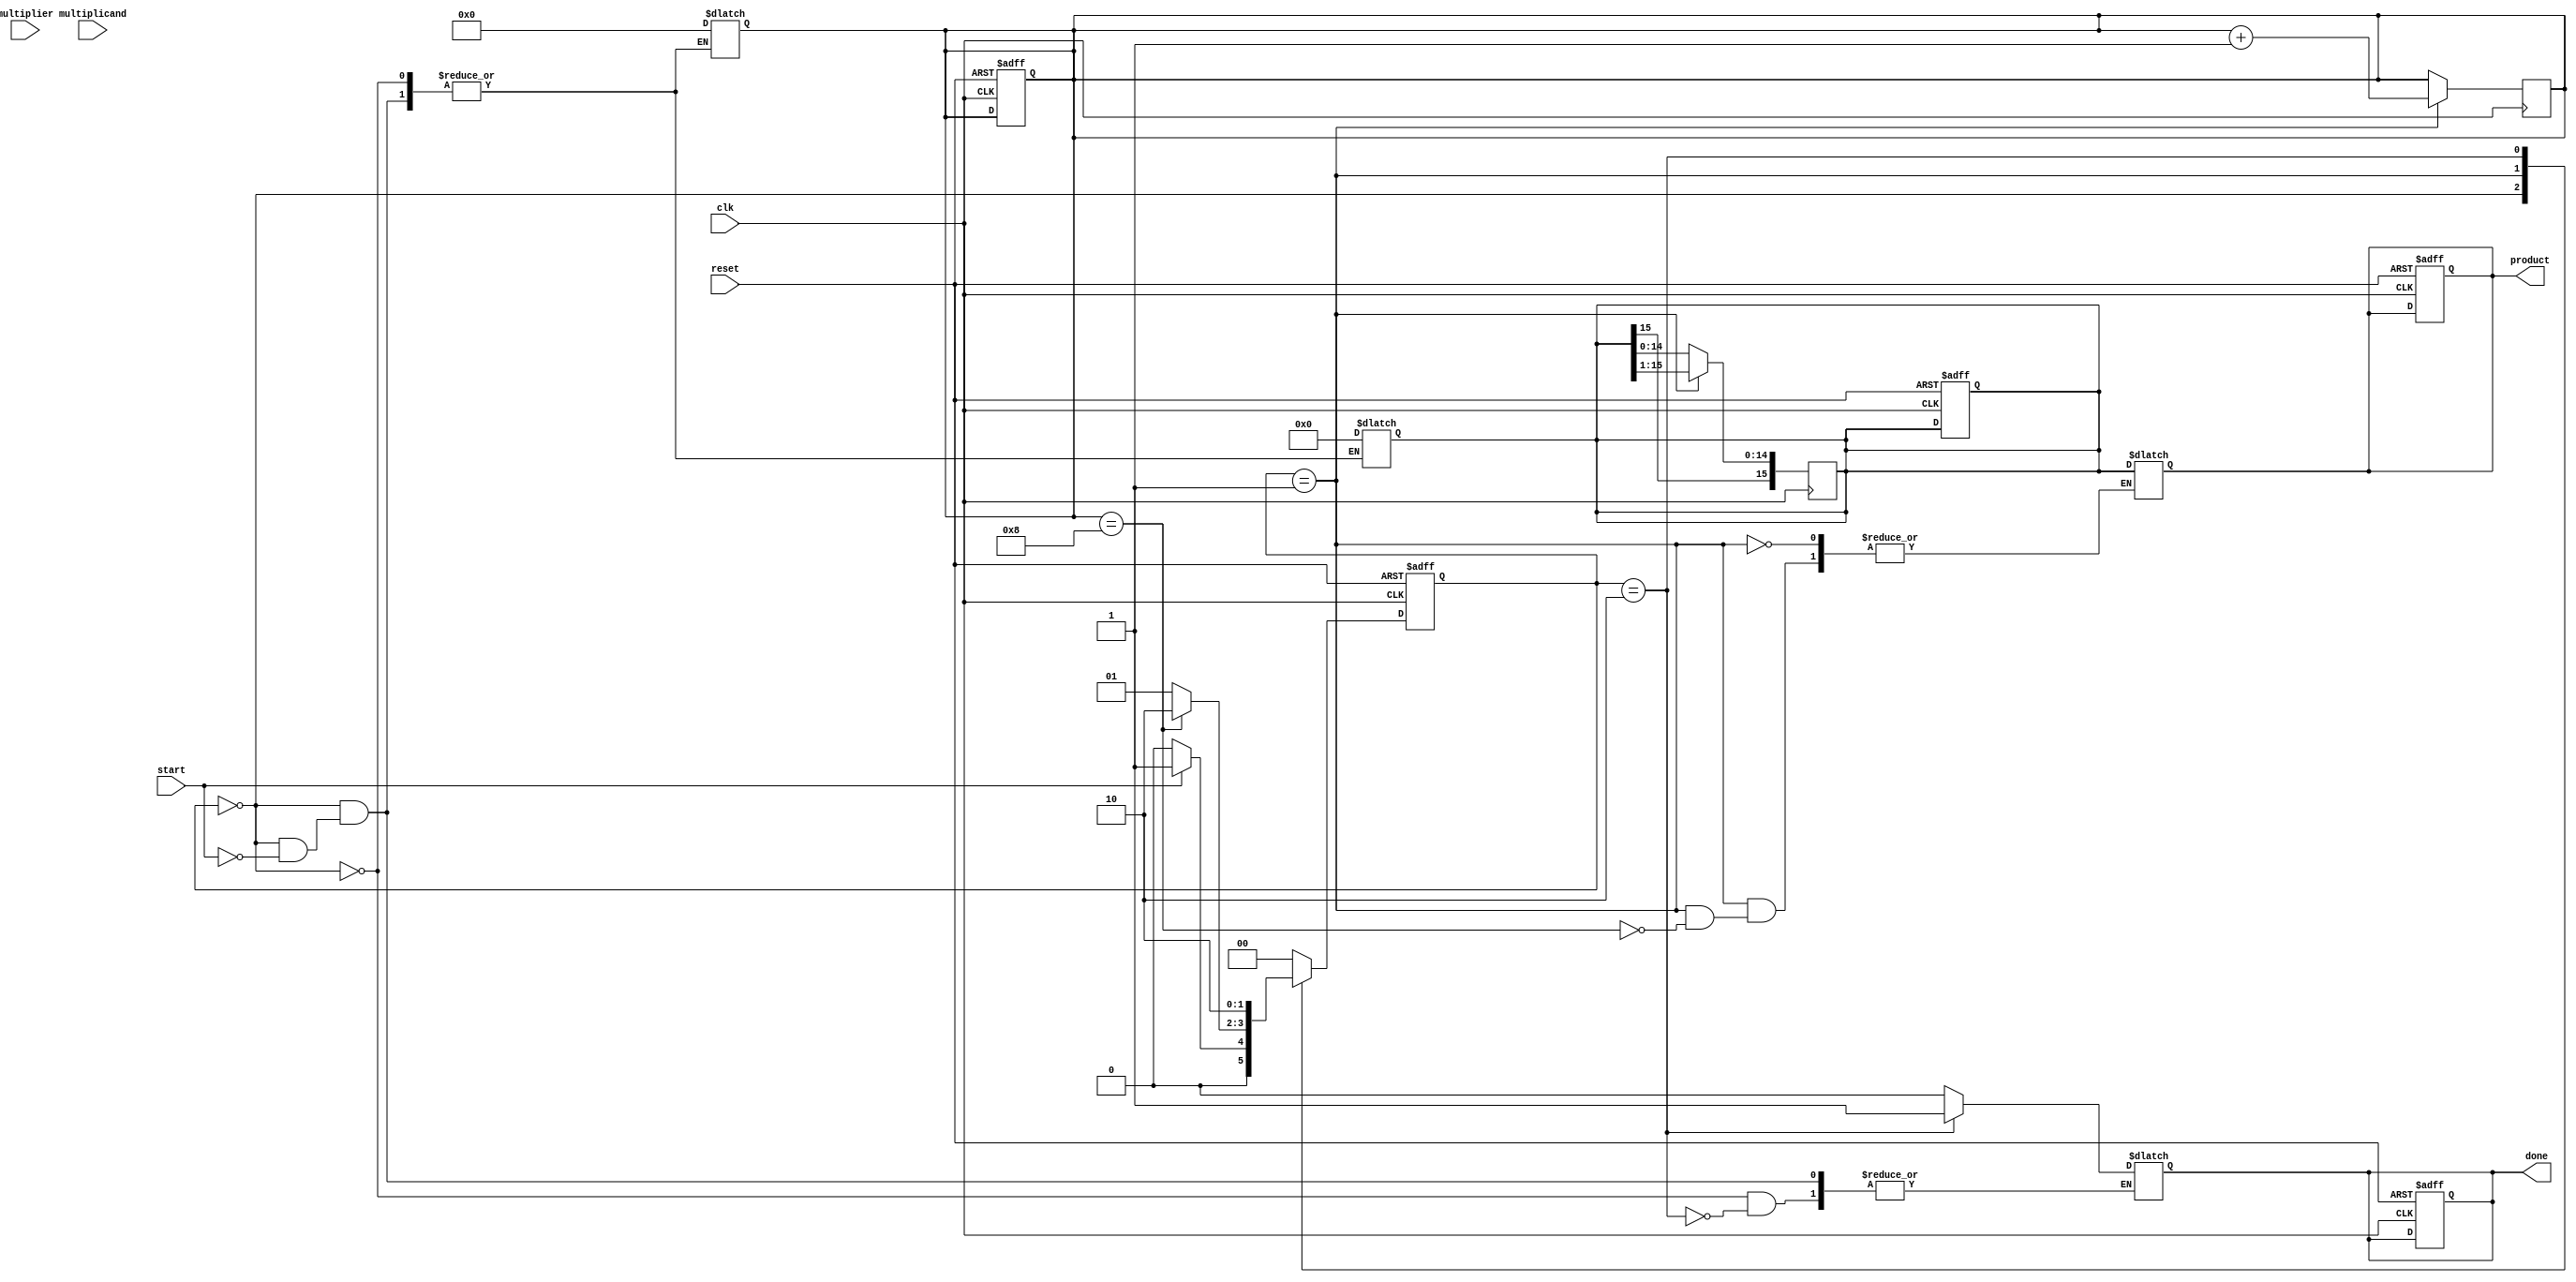
module booth_multiplier (
    input wire clk,
    input wire reset,
    input wire start,
    input wire [7:0] multiplicand, // 8-bit signed multiplicand
    input wire [7:0] multiplier,    // 8-bit signed multiplier
    output reg [15:0] product,      // 16-bit signed product
    output reg done                 // Indicates completion of multiplication
);

    reg [7:0] A;          // Multiplicand register
    reg [7:0] Q;          // Multiplier register
    reg Q_1;              // Previous bit of multiplier
    reg [15:0] M;         // Accumulator (16 bits to hold intermediate sums)
    reg [3:0] count;      // Bit counter

    // State machine states
    parameter IDLE = 2'b00, RUN = 2'b01, DONE = 2'b10;
    reg [1:0] state, next_state;

    // Initialize registers and control signals
    always @(posedge clk or posedge reset) begin
        if (reset) begin
            A <= 8'b0;
            Q <= 8'b0;
            Q_1 <= 1'b0;
            M <= 16'b0;
            product <= 16'b0;
            count <= 4'b0;
            done <= 1'b0;
            state <= IDLE;
        end else begin
            state <= next_state;
        end
    end

    // Control logic for Booth's algorithm
    always @(posedge clk) begin
        if (state == RUN) begin
            case ({Q[0], Q_1})
                2'b01: M <= M + {8'b0, A}; // Add A to M
                2'b10: M <= M - {8'b0, A}; // Subtract A from M
                default: M <= M;           // No operation
            endcase

            // Right shift operation
            {M, Q, Q_1} <= {M[15], M[15:1], Q[7:1], Q[0], Q_1}; // Shift right
            Q_1 <= Q[0]; // Update Q-1
            count <= count + 1; // Increment count
        end
    end

    // State machine for controlling the multiplication process
    always @(*) begin
        case (state)
            IDLE: begin
                if (start) begin
                    A = multiplicand;
                    Q = multiplier;
                    Q_1 = 1'b0;
                    M = 16'b0;
                    count = 4'b0;
                    next_state = RUN;
                    done = 1'b0;
                end else begin
                    next_state = IDLE;
                end
            end
            RUN: begin
                if (count == 8) begin
                    product = M; // Store the final product
                    next_state = DONE;
                end else begin
                    next_state = RUN;
                end
            end
            DONE: begin
                done = 1'b1; // Indicate multiplication is done
                next_state = DONE; // Remain in DONE state
            end
            default: next_state = IDLE;
        endcase
    end

endmodule